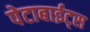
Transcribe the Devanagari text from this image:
पेटाबाईट्स